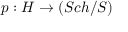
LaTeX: p : H \to ( S c h / S )